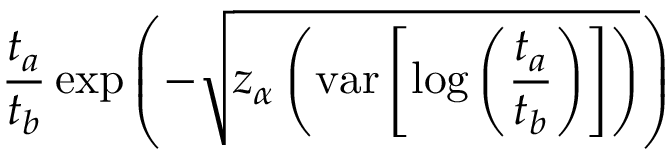
{ \frac { t _ { a } } { t _ { b } } } \exp { \left( - { \sqrt { z _ { \alpha } \left( \operatorname { v a r } \left[ \log \left( { \frac { t _ { a } } { t _ { b } } } \right) \right] \right) } } \right) }